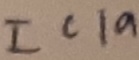
Text: IC1a